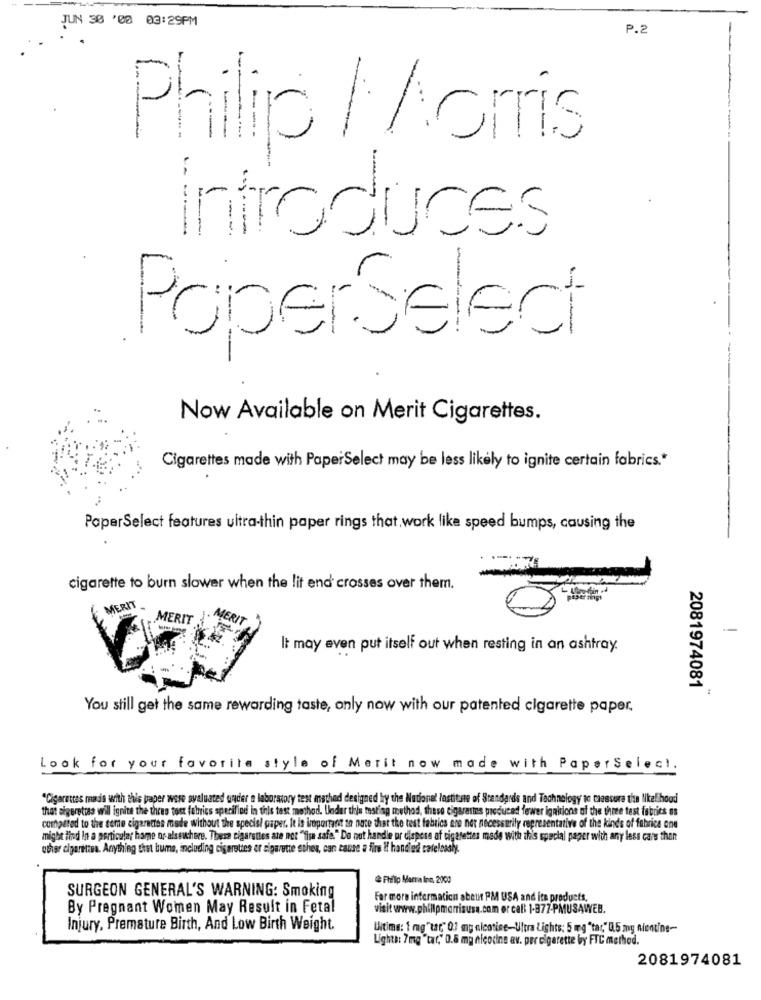
JUN 30 '00 03:29PM
P.2
--
Philip / Aorris
introduces
Poperselect
Now Available on Merit Cigarettes.
Cigarettes made with PaperSelect may be less likely to ignite certain fabrics .*
PaperSelect features ultra-thin paper rings that,work like speed bumps, causing the
cigarette to burn slower when the lit end crosses over them.
MERIT
MERIT
MERIT
It may even put itself out when resting in an ashtray.
2081974081
You still get the same rewarding taste, only now with our patented cigarette paper.
Look for your favorite style of Merit now made with PaperSelect.
"Cigarettes made with this paper wose valuated under a laboratory test mathad designed by the National Institute of Standards and Technology to chessure the likelihood
that algeretcss will ignite the theus tost fabrics specified in this test method. Under this testing method, these cigarettes produced fewer ignitions of the three test fabrics os
compared to the seme cigarettes made without the specisl paper. It is important se note that the test fabrics are not necessarily representative of the kinds of fabrice one
might find in a particular harne or alsewhere. These cigarettes are not "fisa safe." Do not handle or dispess af cigarettes made with this special paper with any less cans than
other elgarettea. Anything that bums, including cigarettes er sigarette sches, can cause a fire If handled cateleashy.
Philip Marra line, 2000
SURGEON GENERAL'S WARNING: Smoking
For more information about PM USA and its products,
By Pregnant Women May Result in Fetal
visit www.philipmorrisusa.com or cal 1-877-PMUSAWEB.
Injury, Premature Birth, And Low Birth Weight.
Uitime: 1 mg"tar," 0.7 mg nicotine-Ultra Lights: 5 mg "tar," 0.5 mg nicotine-
Lights: 7mg "tar," 0.6 mg nicodine av. per cigarette by FTC method.
2081974081